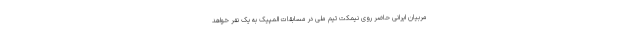
مربیان ایرانی حاضر روی نیمکت تیم ملی در مسابقات المپیک به یک نفر خواهد